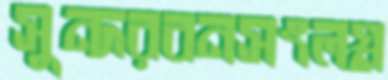
সুন্দরবনসংলগ্ন